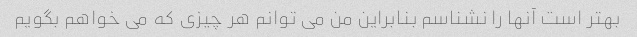
بهتر است آنها را نشناسم بنابراین من می توانم هر چیزی که می خواهم بگویم